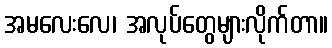
အမလေးလေ၊ အလုပ်တွေများလိုက်တာ။